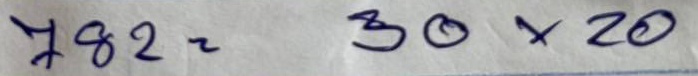
782 = 30x20